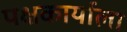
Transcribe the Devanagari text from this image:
पक्षकार्याला